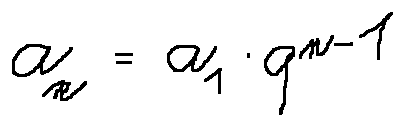
a _ { n } = a _ { 1 } \cdot q ^ { n - 1 }